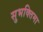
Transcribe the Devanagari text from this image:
सुभक्तिमा